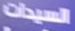
السيدات